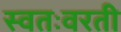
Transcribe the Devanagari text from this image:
स्वतःवरती